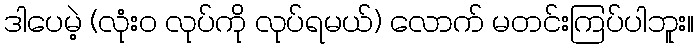
ဒါပေမဲ့ (လုံးဝ လုပ်ကို လုပ်ရမယ်) လောက် မတင်းကြပ်ပါဘူး။